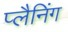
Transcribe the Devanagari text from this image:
प्लैनिंग